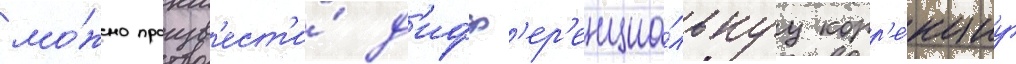
мо́жно произв'ест'и́ д'ифф'ер'енциа́льнуу корр'е́кциу